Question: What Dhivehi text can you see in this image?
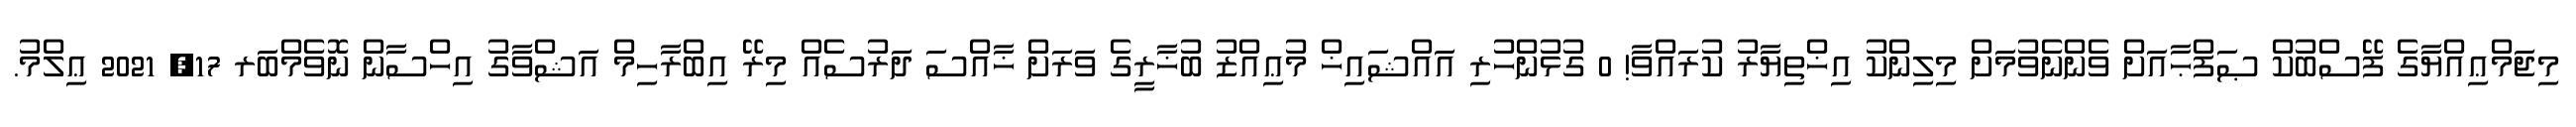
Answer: މިޖަމްޢިއްޔާގެ ފޭސްބުކް ޞަފްޙާއަށް ވެންނެވުމަށް މިލިންކު އިޚްތިޔާރު ކުރައްވާ! 0 ގުޅުންހުރި އައްޝައިޚް މުޢިއްޒު ބުޚާރީގެ ވަރަށް ޚާއްސަ ދަރުސެއް މިރޭ އިބްރާހިމް އަޝްވާގު އިހްސާން ނޮވެމްބަރ 17, 2021 ޢިލްމު.